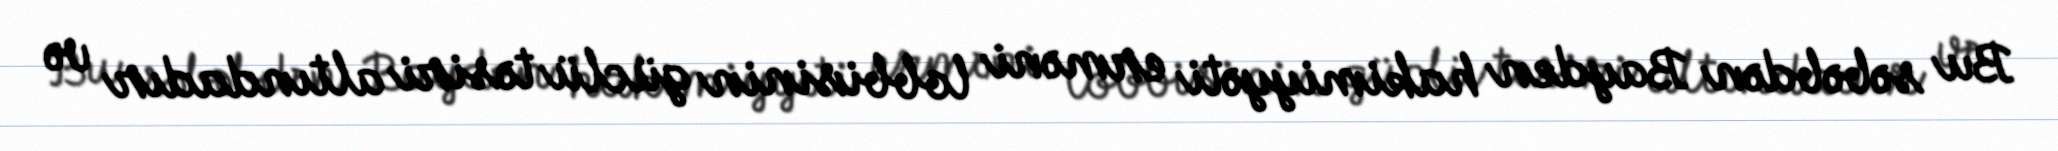
Bu səbəbdən Bayden hakimiyyəti erməni lobbisinin güclü təsiri altındadır və